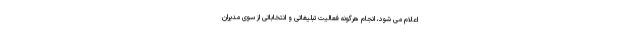
اعلام می شود، انجام هرگونه فعالیت تبلیغاتی و انتخاباتی از سوی مدیران